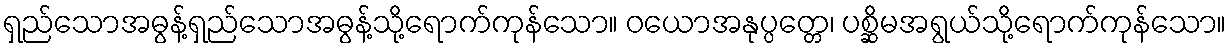
ရှည်သောအဓွန့်ရှည်သောအဓွန့်သို့ရောက်ကုန်သော။ ဝယောအနုပ္ပတ္တေ၊ ပစ္ဆိမအရွယ်သို့ရောက်ကုန်သော။